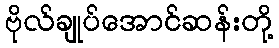
ဗိုလ်ချုပ်အောင်ဆန်းတို့